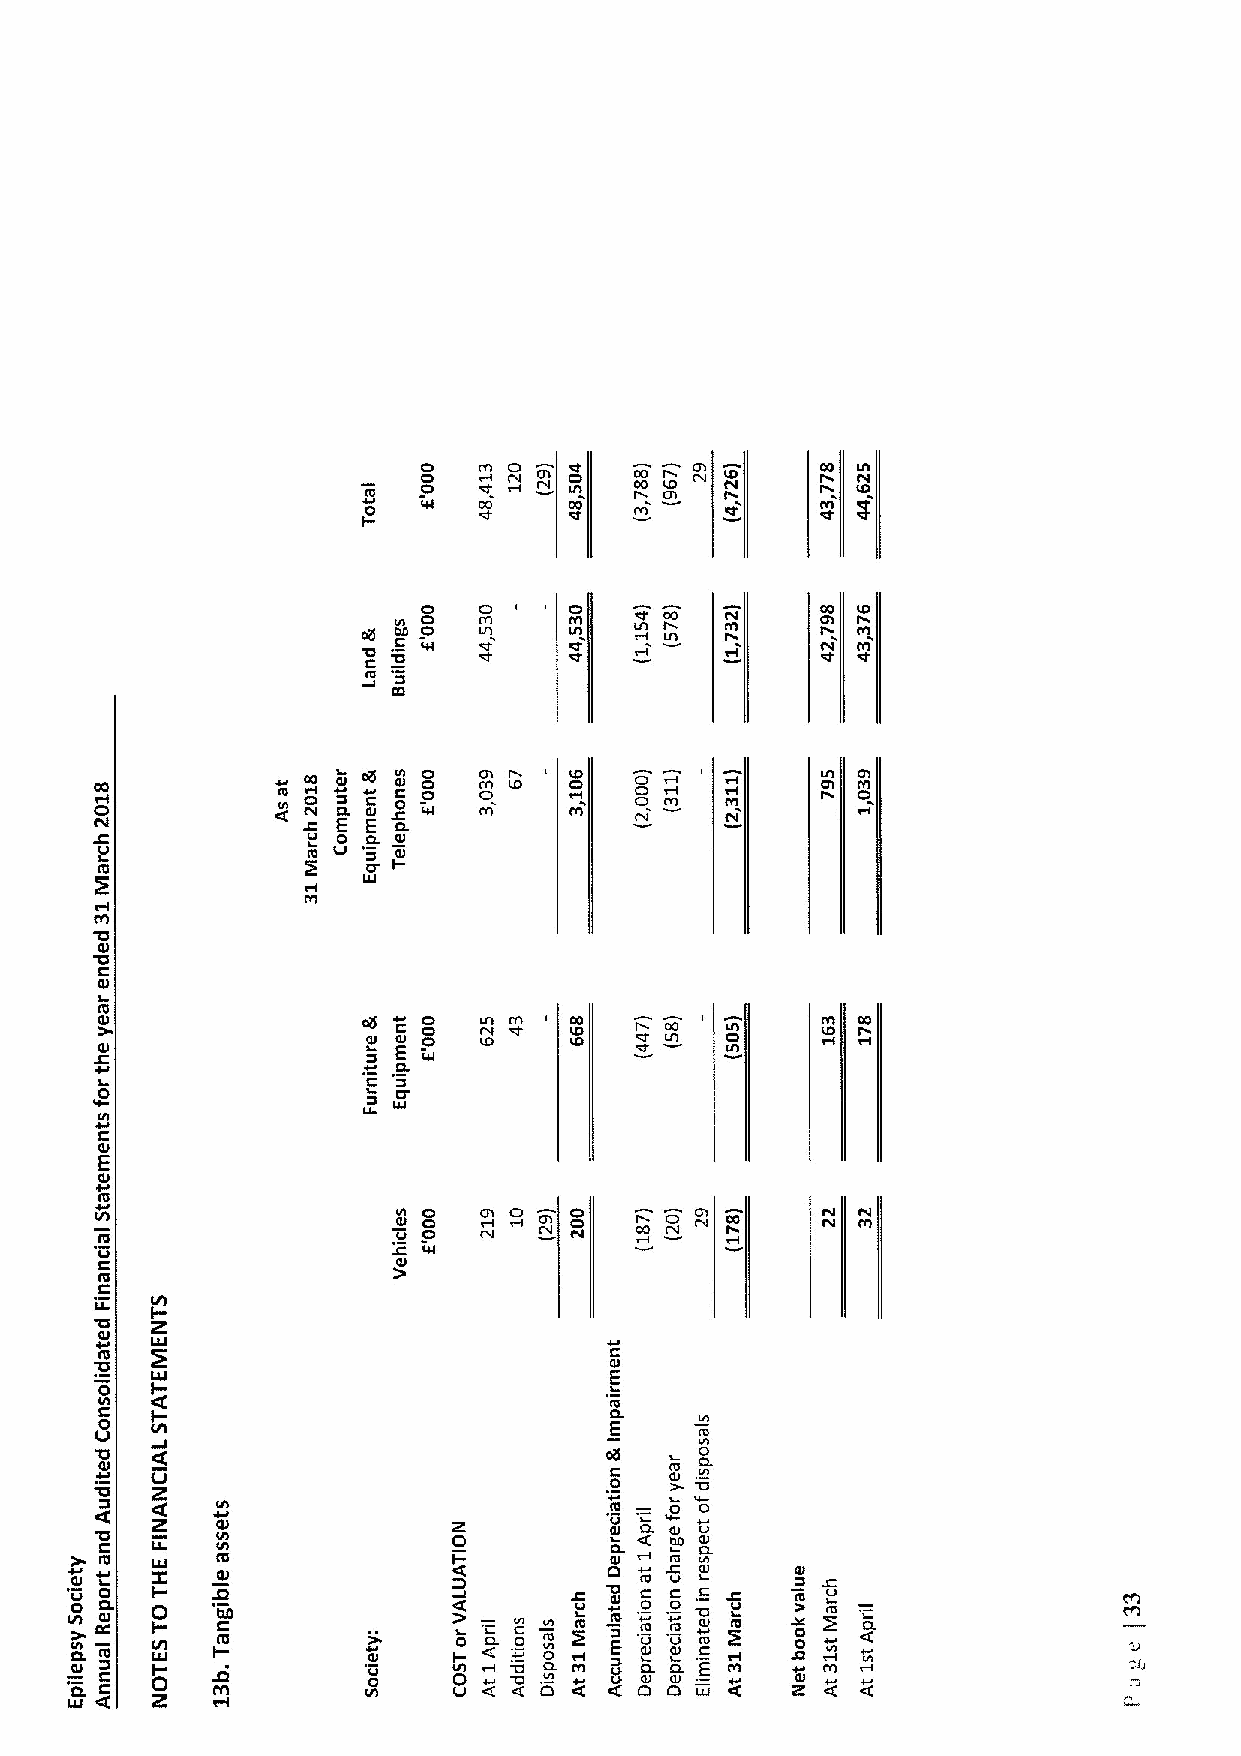
«I  M Q   o
 C0O
 IO            ID
 t0 - W  CO    M «1
 o
 0   CI    «l                 ID
 Ut 0  IYI   IYI       I rrQ l  r
 IQI 0O0O W
 «I
 r        M0
 IO
 ICI
 C CO I      IO o6 0 Yo Q Pe 0 C EL @ Ee cU QL 0 0l " . Q0 0 D tQ m«lI I ID I C rrD ll Q Q Q m M t«l O M0l
 v 0
 CL Ql
 V L           ro CJ 0 Ql
 IYI
 0
 I0U
 Ce
 I
 Ql                «eQI w Ce Q o
 QI                0 E W
 +                   CL
 L0                  0
 V                   UJ
 L
 Ol
 E
 e
 I+I /U I            Uet Q0 CO O o     o            CQ
 IO                 cU O        l«l CO N ™
 w
 L                  Ql
 QCl
 II/-I
 OU  Z
 Ql UJ
 IO                               C
 Ql
 0  I-                            E
 C 0 cIC-                         Q «1l .
 LI  I/I                           E     ttt
 0                                      0
 '
 IU («O J.                        IQ 0I IO CL
 "0  Z                             0   Ql «I
 '0 0 C'. «( Ql          Z 0       I I Q CO J l
 L
 «C (L 0 Q Ol
 Q
 0 I Q0J
 l.
 V+e 0 QI l I C0 I C CO OU Z I Q I I I/ -- -t
 I
 C cU C nt U t I0U J I0 L0 /I
 J
 H«1. 0 a« 0 « UO 1 lI . c I «V I YO II 0 «Q t0 EU Cl aI0 0 « V I 0 QO UO l. am U 0 0 « I Q 0 QO J l l. uQ 0 Q E ll l c M «+I IO IJ Y S ZI 0 0 0 eU l mV ro «C UC tL
 Lu «(